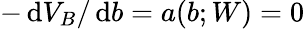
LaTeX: -\, \mathrm{d}V_{B}/\, \mathrm{d}b=a(b;W)=0